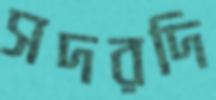
সদরদি